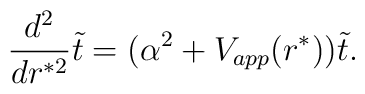
{d^2 \over d r^{*2}}\tilde t  =  (\alpha^2 + V_{app}(r^*)) \tilde t.